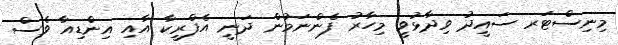
މިނިސްޓަރ ސައީދު ވިދާޅުވީ މިހާރު ފެންނަމުން ދަނީ އެފްރީކާ އާއި އިންޑިއާ ވެސް